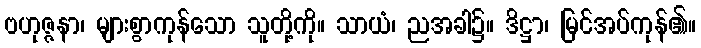
ဗဟုဇ္ဇနာ၊ များစွာကုန်သော သူတို့ကို။ သာယံ၊ ညအခါ၌။ ဒိဋ္ဌာ၊ မြင်အပ်ကုန်၏။